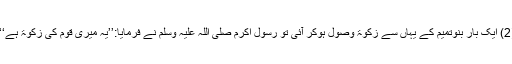
(2) ایک بار بنوتمیم کے یہاں سے زکوٰۃ وصول ہوکر آئی تو رسول اکرم صلی اللہ علیہ وسلم نے فرمایا:’’یہ میری قوم کی زکوٰۃ ہے‘‘۔